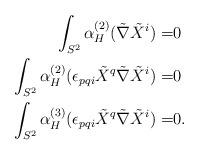
LaTeX: \begin{align*}\int_{S^2} \alpha_H^{(2)}( \tilde \nabla \tilde X^i) = & 0\\\int_{S^2} \alpha_H^{(2)}( \epsilon_{pqi} \tilde X^q \tilde \nabla \tilde X^i) = & 0\\\int_{S^2} \alpha_H^{(3)}( \epsilon_{pqi} \tilde X^q \tilde \nabla \tilde X^i) = & 0.\end{align*}